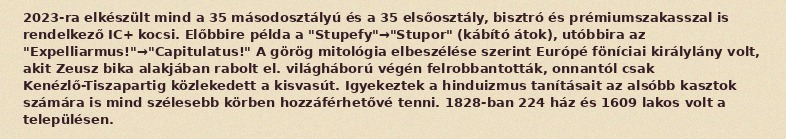
2023-ra elkészült mind a 35 másodosztályú és a 35 elsőosztály, bisztró és prémiumszakasszal is rendelkező IC+ kocsi. Előbbire példa a "Stupefy"→"Stupor" (kábító átok), utóbbira az "Expelliarmus!"→"Capitulatus!" A görög mitológia elbeszélése szerint Európé föníciai királylány volt, akit Zeusz bika alakjában rabolt el. világháború végén felrobbantották, onnantól csak Kenézlő-Tiszapartig közlekedett a kisvasút. Igyekeztek a hinduizmus tanításait az alsóbb kasztok számára is mind szélesebb körben hozzáférhetővé tenni. 1828-ban 224 ház és 1609 lakos volt a településen.